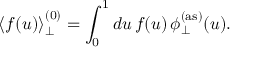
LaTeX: \left< f ( u ) \right> _ { \perp } ^ { ( 0 ) } = \int _ { 0 } ^ { 1 } d u \, f ( u ) \, \phi _ { \perp } ^ { ( \mathrm { a s } ) } ( u ) .